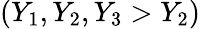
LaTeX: (Y_{1},Y_{2},Y_{3}>Y_{2})